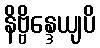
နိဗ္ဗိန္ဒေယျပိ